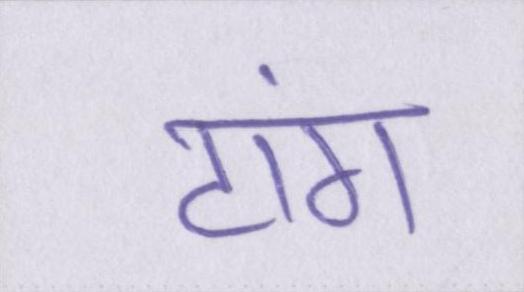
टांग